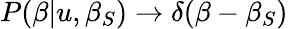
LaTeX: P(\beta|u,\beta_{S})\rightarrow\delta(\beta-\beta_{S})